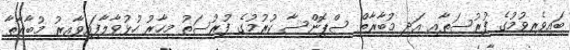
ބައިވެރިވުމުގެ ފުރުސަތާއި އަދި މުބާރާތް ސްޕޮންސާ ކުރުމުގެ ފުރުސަތު މިހާރު ހުޅުވާލާފައިވާއިރު މުބާރާތާ